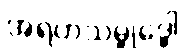
အရဟသမ္ဗုဒ္ဓေါ